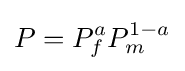
P=P_{f}^{a}P_{m}^{1-a}